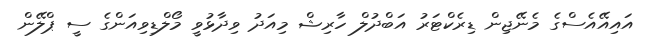
އައިއޭއެސްގެ މެނޭޖިން ޑިރެކްޓަރު އަބްދުލް ހާރިޝް މިއަދު ވިދާޅުވީ މޯލްޑިވިއަންގެ ސީ ޕްލޭން